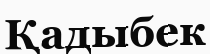
Қадыбек